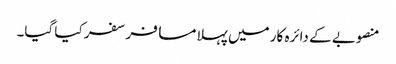
منصوبے کے دائرہ کار میں پہلا مسافر سفر کیا گیا۔